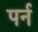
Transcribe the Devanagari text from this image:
पर्न